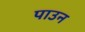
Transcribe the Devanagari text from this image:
पाउन